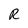
Character: R